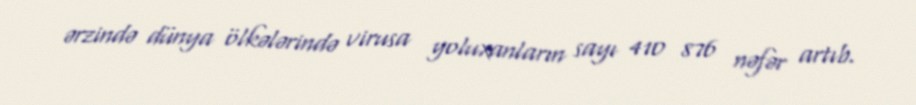
ərzində dünya ölkələrində virusa yoluxanların sayı 410 876 nəfər artıb.